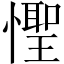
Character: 𪬮